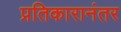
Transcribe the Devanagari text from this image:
प्रतिकारानंतर